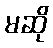
မဆို